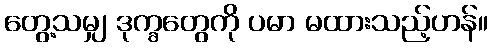
တွေ့သမျှ ဒုက္ခတွေကို ပမာ မထားသည့်ဟန်။